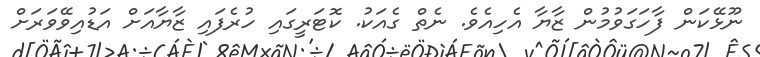
ނޫޅޭކަން ފާހަގަވުމުން ޒާޔާ އެހިއެވެ. ނެތް ގެއަކު. ކޮޓަރީގައި ހުރެފައި ޒާޔާއަށް އަޑުއިވޭވަރަށް